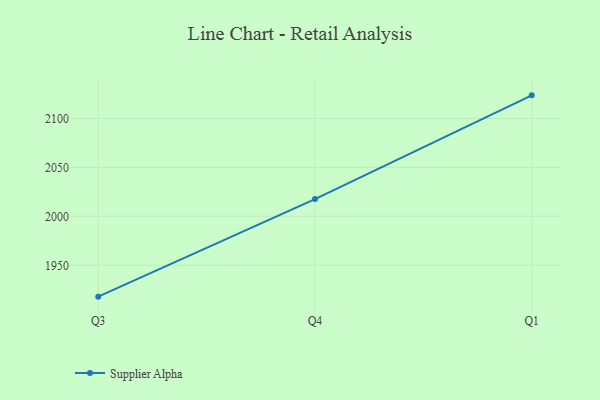
{"axis": {"x": "Quarter", "y": "Shipments"}, "legend": ["Supplier Alpha"], "data": [{"x": "Q3", "y": 1918.0, "type": "Supplier Alpha"}, {"x": "Q4", "y": 2017.7, "type": "Supplier Alpha"}, {"x": "Q1", "y": 2123.6, "type": "Supplier Alpha"}]}